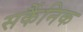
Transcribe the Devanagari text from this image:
सर्कैनिक